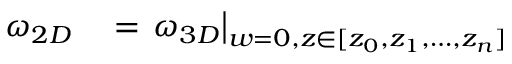
\begin{array} { r l } { \omega _ { 2 D } } & { { } = \left. \omega _ { 3 D } \right| _ { w = 0 , z \in \lbrack z _ { 0 } , z _ { 1 } , \ldots , z _ { n } \rbrack } } \end{array}